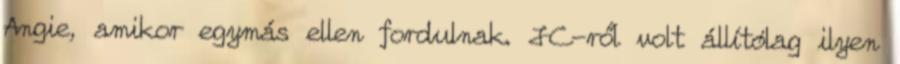
Angie, amikor egymás ellen fordulnak. JC-ről volt állítólag ilyen